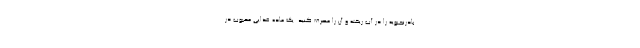
بادرنجبویه را در آب ریخته و آن را مصرف کنید. یک ماده غذایی محبوب در